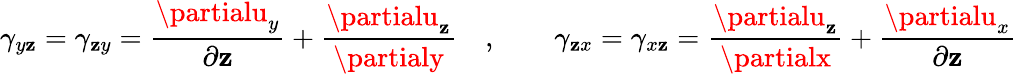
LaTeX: \gamma_{y\mathbf{z}}=\gamma_{\mathbf{z}y}={\frac{{\partialu_{y}}}{{\partial\mathbf{z}}}}+{\frac{{\partialu_{\mathbf{z}}}}{{\partialy}}}\quad,\qquad\gamma_{\mathbf{z}x}=\gamma_{x\mathbf{z}}={\frac{{\partialu_{\mathbf{z}}}}{{\partialx}}}+{\frac{{\partialu_{x}}}{{\partial\mathbf{z}}}}\,